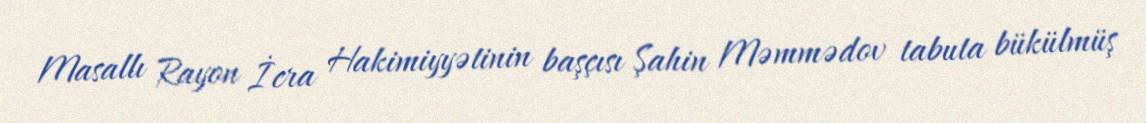
Masallı Rayon İcra Hakimiyyətinin başçısı Şahin Məmmədov tabuta bükülmüş